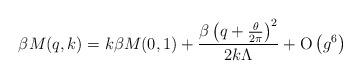
LaTeX: \begin{align*}\beta M(q,k)=k\beta M(0,1) + \frac{\beta \left(q+\frac{\theta}{2\pi}\right)^{2}}{2k \Lambda} + {\rm O}\left(g^{6}\right)\end{align*}